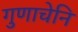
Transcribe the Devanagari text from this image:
गुणाचेनि